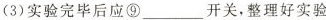
(3)实验完毕后应⑨___开关，整理好实验